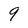
Character: 9